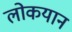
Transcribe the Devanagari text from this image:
लोकयान